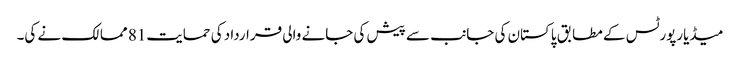
میڈیارپورٹس کے مطابق پاکستان کی جانب سے پیش کی جانے والی قرارداد کی حمایت81 ممالک نے کی۔